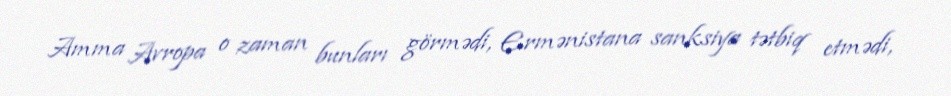
Amma Avropa o zaman bunları görmədi, Ermənistana sanksiya tətbiq etmədi,